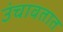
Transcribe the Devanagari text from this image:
उंचावतात